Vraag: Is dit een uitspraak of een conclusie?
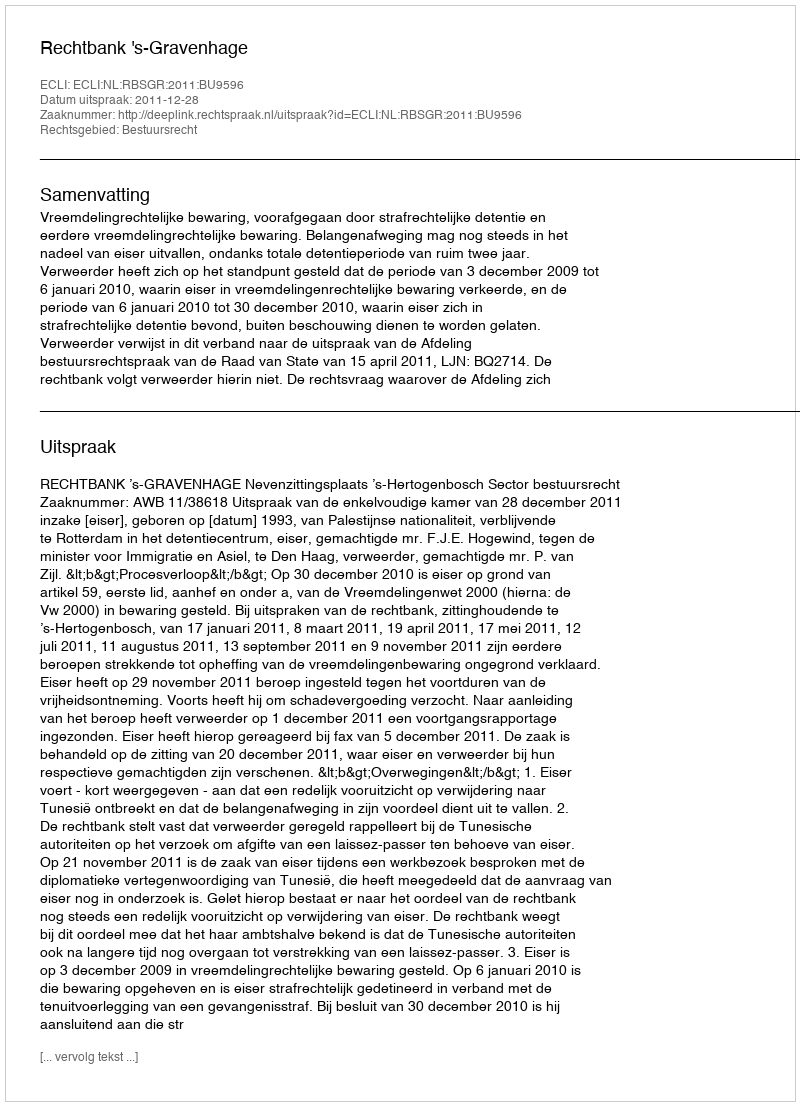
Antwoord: Uitspraak